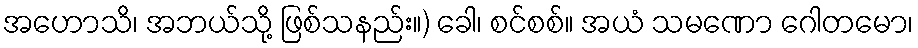
အဟောသိ၊ အဘယ်သို့ ဖြစ်သနည်း။) ခေါ၊ စင်စစ်။ အယံ သမဏော ဂေါတမော၊